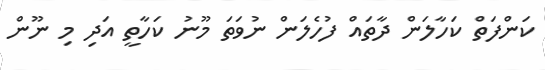
ކަންފަތް ކަހާލަން ދާތައް ފުހެލަން ނުވަތަ މޫނު ކަހާތީ އަދި މި ނޫން